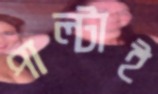
পাল্টাই